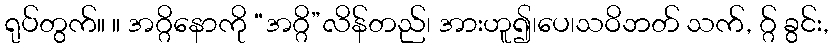
ရုပ်တွက်။ ။ အဂ္ဂိနောကို “အဂ္ဂိ”လိန်တည်၊ အားဟူ၍၊ပေ၊သဝိဘတ် သက်, ဂ္ဂ် ခွင်း,